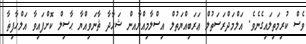
ވެސް ކުރިމަތިލައިގެނެވެ. އަލްމަދްރަސަތުލް ޢަރަބިއްޔަތުލް އިސްލާމިއްޔާއން ޝަހާދާ ޘާނަވިއްޔާ ޙާސިލް ކޮށްފައިވާ އަލްޙާފިޡާ